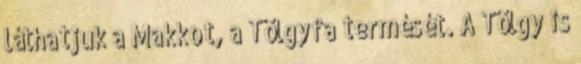
láthatjuk a Makkot, a Tölgyfa termését. A Tölgy is